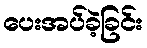
ပေးအပ်ခဲ့ခြင်း